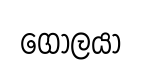
ගෝලයා